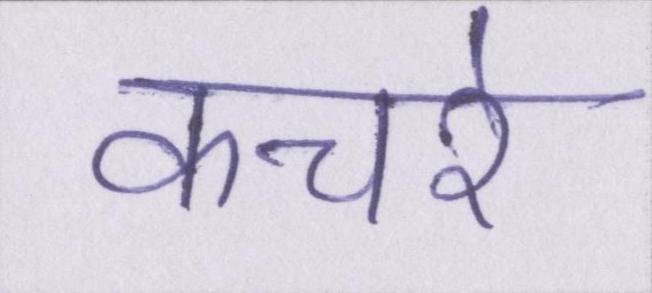
कचरे